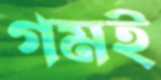
গমই